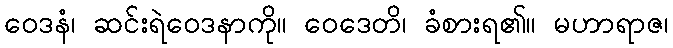
ဝေဒနံ၊ ဆင်းရဲဝေဒနာကို။ ဝေဒေတိ၊ ခံစားရ၏။ မဟာရာဇ၊